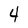
Character: 4